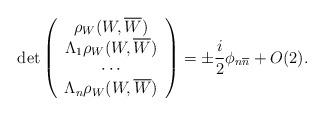
LaTeX: \begin{align*}\mathrm{det}\left( \begin{array}{c} \rho_{W}(W, \overline{W}) \\ \Lambda_{1}\rho_{W}(W, \overline{W}) \\ \cdots \\ \Lambda_{n}\rho_{W}(W, \overline{W}) \\ \end{array} \right)=\pm\frac{i}{2}\phi_{n\overline{n}}+O(2).\end{align*}